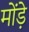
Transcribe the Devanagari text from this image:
मोंड़े